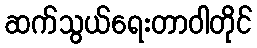
ဆက်သွယ်ရေးတာဝါတိုင်